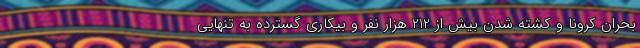
بحران کرونا و کشته شدن بیش از 212 هزار نفر و بیکاری گسترده به تنهایی